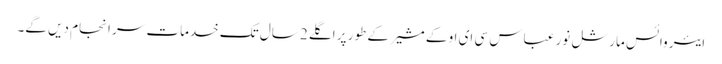
ایئر وائس مارشل نور عباس سی ای او کے مشیر کے طور پر اگلے 2 سال تک خدمات سر انجام دیں گے۔